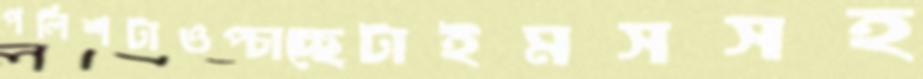
পলিশটাওপ্‌চাচ্ছেটাইমসসহ